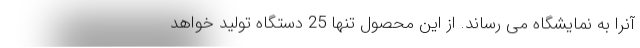
آنرا به نمایشگاه می رساند. از این محصول تنها 25 دستگاه تولید خواهد